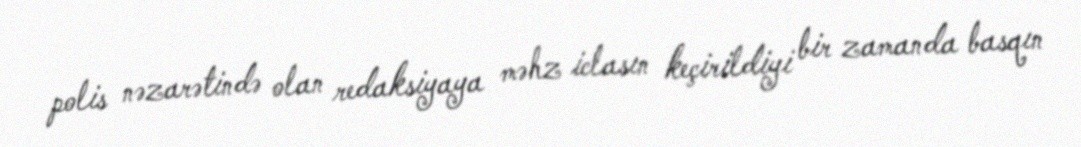
polis nəzarətində olan redaksiyaya məhz iclasın keçirildiyi bir zamanda basqın